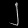
Digit: ၂